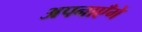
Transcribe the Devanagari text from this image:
अपनाएँगे